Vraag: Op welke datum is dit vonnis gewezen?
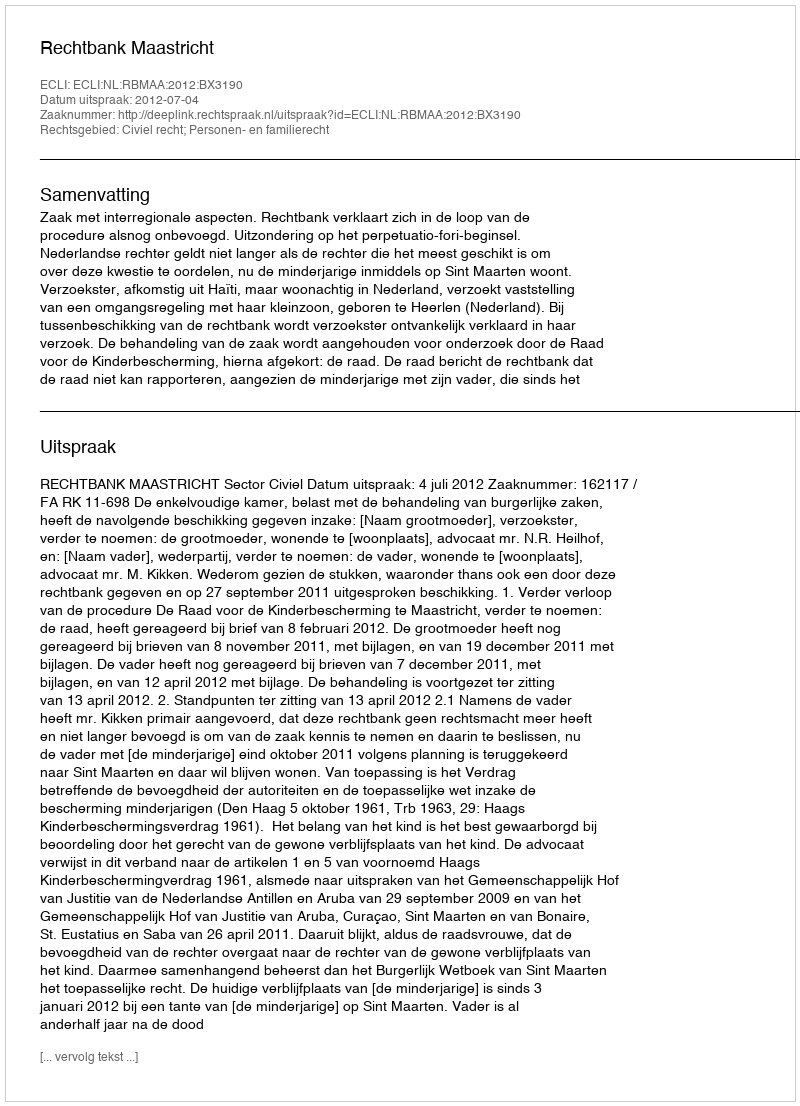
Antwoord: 2012-07-04